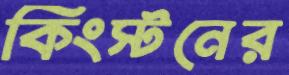
কিংস্টনের